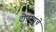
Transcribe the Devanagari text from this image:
टोणग्याचे